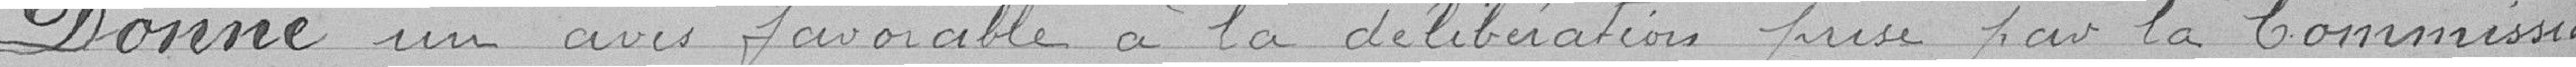
Donne un avis favorable à la délibération prise par la Commisssion